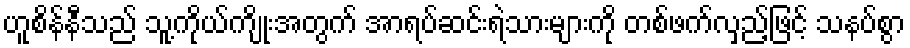
ဟူစိန်နီသည် သူ့ကိုယ်ကျိုးအတွက် အာရပ်ဆင်းရဲသားများကို တစ်ဖက်လှည့်ဖြင့် သနပ်စွာ